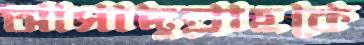
আসাদুল্লাহকে